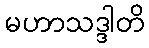
မဟာသဒ္ဒါတိ